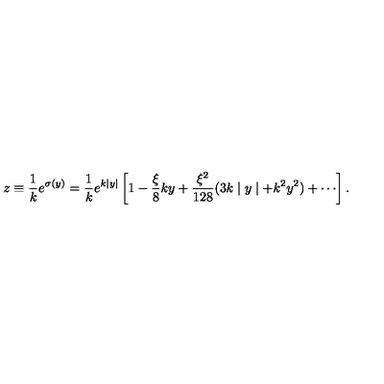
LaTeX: z \equiv \frac { 1 } { k } e ^ { \sigma ( y ) } = \frac { 1 } { k } e ^ { k \mid y \mid } \left[ 1 - \frac { \xi } { 8 } k y + \frac { \xi ^ { 2 } } { 1 2 8 } ( 3 k \mid y \mid + k ^ { 2 } y ^ { 2 } ) + \cdots \right] .